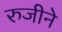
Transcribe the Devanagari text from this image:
रुजीने